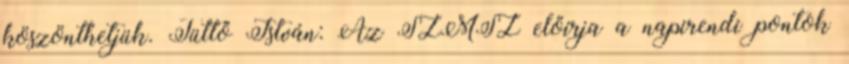
köszönthetjük. Tüttő István: Az SZMSZ előírja a napirendi pontok